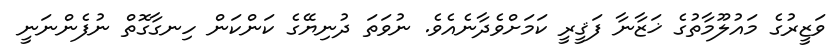
ވަޒީރުގެ މައުލޫމާތުގެ ޚަޒާނާ ފަޤީރީ ކަމަށްވެދާނެއެވެ. ނުވަތަ ދުނިޔޭގެ ކަންކަން ހިނގާގޮތް ނުފެންނަނީ